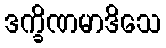
ဒက္ခိဏမာဒိသေ